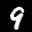
Label: 9